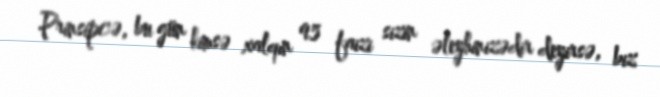
Prinsipcə, bu gün kimsə xalqın 95 faizi sizin əleyhinizədir deyirsə, biz